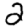
Digit: 2